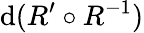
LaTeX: \mathrm{d}(R^{\prime}\circ R^{-1})